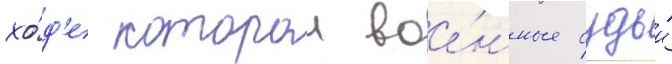
хо́д'е которои вое́нные судьи́